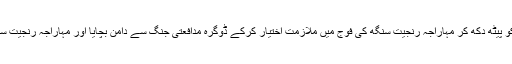
راجہ گلاب سنگھ کے والد اور خود گلاب سنگھ نے ڈوگرہ سرفروشوں کو پیٹھ دکھ کر مہاراجہ رنجیت سنگھ کی فوج میں ملازمت اختیار کرکے ڈوگرہ مدافعتی جنگ سے دامن بچایا اور مہاراجہ رنجیت سنگھ کا ایجنٹ بن کرمیاں ڈیڈو اوردوسرے کئی ڈوگرہ جیالوں کو قتل کیا۔